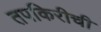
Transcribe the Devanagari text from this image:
तपकिरीची